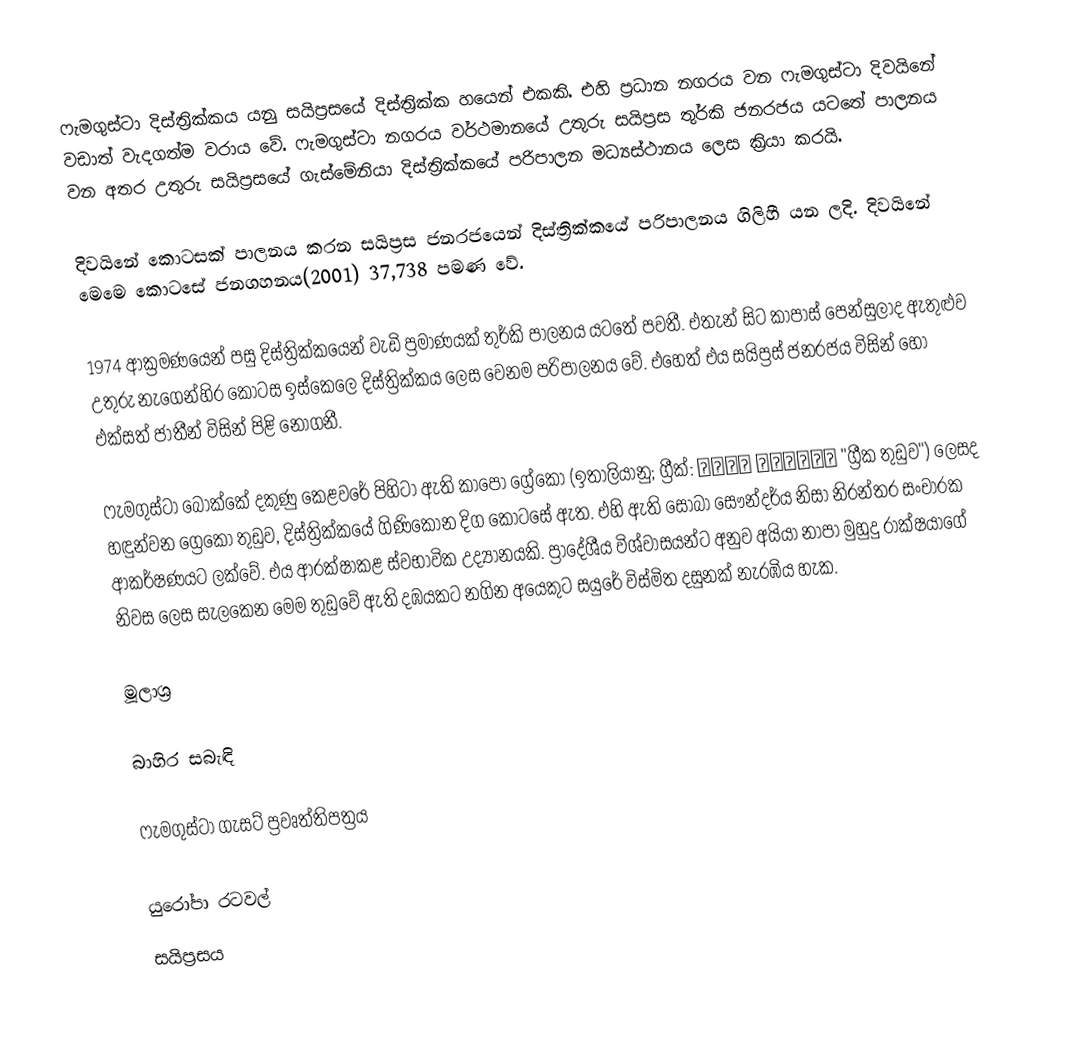
ෆැමගුස්ටා දිස්ත්‍රික්කය යනු සයිප්‍රසයේ දිස්ත්‍රික්ක හයෙන් එකකි. එහි ප්‍රධාන නගරය වන ෆැමගුස්ටා දිවයිනේ වඩාත් වැදගත්ම වරාය වේ. ෆැමගුස්ටා නගරය වර්ථමානයේ උතුරු සයිප්‍රස තුර්කි ජනරජය යටතේ පාලනය වන අතර උතුරු සයිප්‍රසයේ ගැස්මේනියා දිස්ත්‍රික්කයේ පරිපාලන මධ්‍යස්ථානය ලෙස ක්‍රියා කරයි.

දිවයිනේ කොටසක් පාලනය කරන සයිප්‍රස ජනරජයෙන් දිස්ත්‍රික්කයේ පරිපාලනය ගිලිහී යන ලදි. දිවයිනේ මෙමෙ කොටසේ ජනගහනය(2001) 37,738 පමණ වේ.

1974 ආක්‍රමණයෙන් පසු දිස්ත්‍රික්කයෙන් වැඩි ප්‍රමාණයක් තුර්කි පාලනය යටතේ පවතී. එතැන් සිට කාපාස් පෙන්සුලාද ඇතුළුව උතුරු නැගෙන්හිර කොටස ඉස්කෙලෙ දිස්ත්‍රික්කය ලෙස වෙනම පරිපාලනය වේ. එහෙත් එය සයිප්‍රස් ජනරජය විසින් හෝ එක්සත් ජාතීන් විසින් පිළි නොගනී.

ෆැමගුස්ටා බොක්කේ දකුණු කෙළවරේ පිහිටා ඇති කාපෝ ග්‍රේකෝ (ඉතාලියානු; ග්‍රීක්: Κάβο Γκρέκο "ග්‍රීක තුඩුව") ලෙසද හඳුන්වන ග්‍රෙකෝ තුඩුව, දිස්ත්‍රික්කයේ ගිණිකොන දිග කොටසේ ඇත. එහි ඇති සොබා සෞන්දර්ය නිසා නිරන්තර සංචාරක ආකර්ෂණයට ලක්වේ. එය ආරක්ෂාකළ ස්වභාවික උද්‍යානයකි. ප්‍රාදේශීය විශ්වාසයන්ට අනුව අයියා නාපා මුහුදු රාක්ෂයාගේ නිවස ලෙස සැලකෙන මෙම තුඩුවේ ඇති දඹයකට නගින අයෙකුට සයුරේ විස්මිත දසුනක් නැරඹිය හැක.

මූලාශ්‍ර

බාහිර සබැඳි

ෆැමගුස්ටා ගැසට් ප්‍රවෘත්තිපත්‍රය

යුරෝපා රටවල්
සයිප්‍රසය